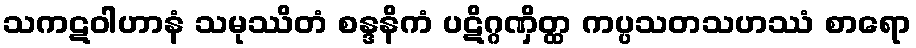
သကဋဝါဟာနံ သမုဿိတံ စန္ဒနိကံ ပဋိဂ္ဂဏှိတ္ထ ကပ္ပသတသဟဿံ စာရော